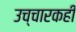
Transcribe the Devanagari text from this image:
उच्चारकही